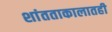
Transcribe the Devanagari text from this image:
शांतताकालातही